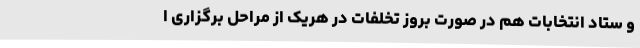
و ستاد انتخابات هم در صورت بروز تخلفات در هریک از مراحل برگزاری ا